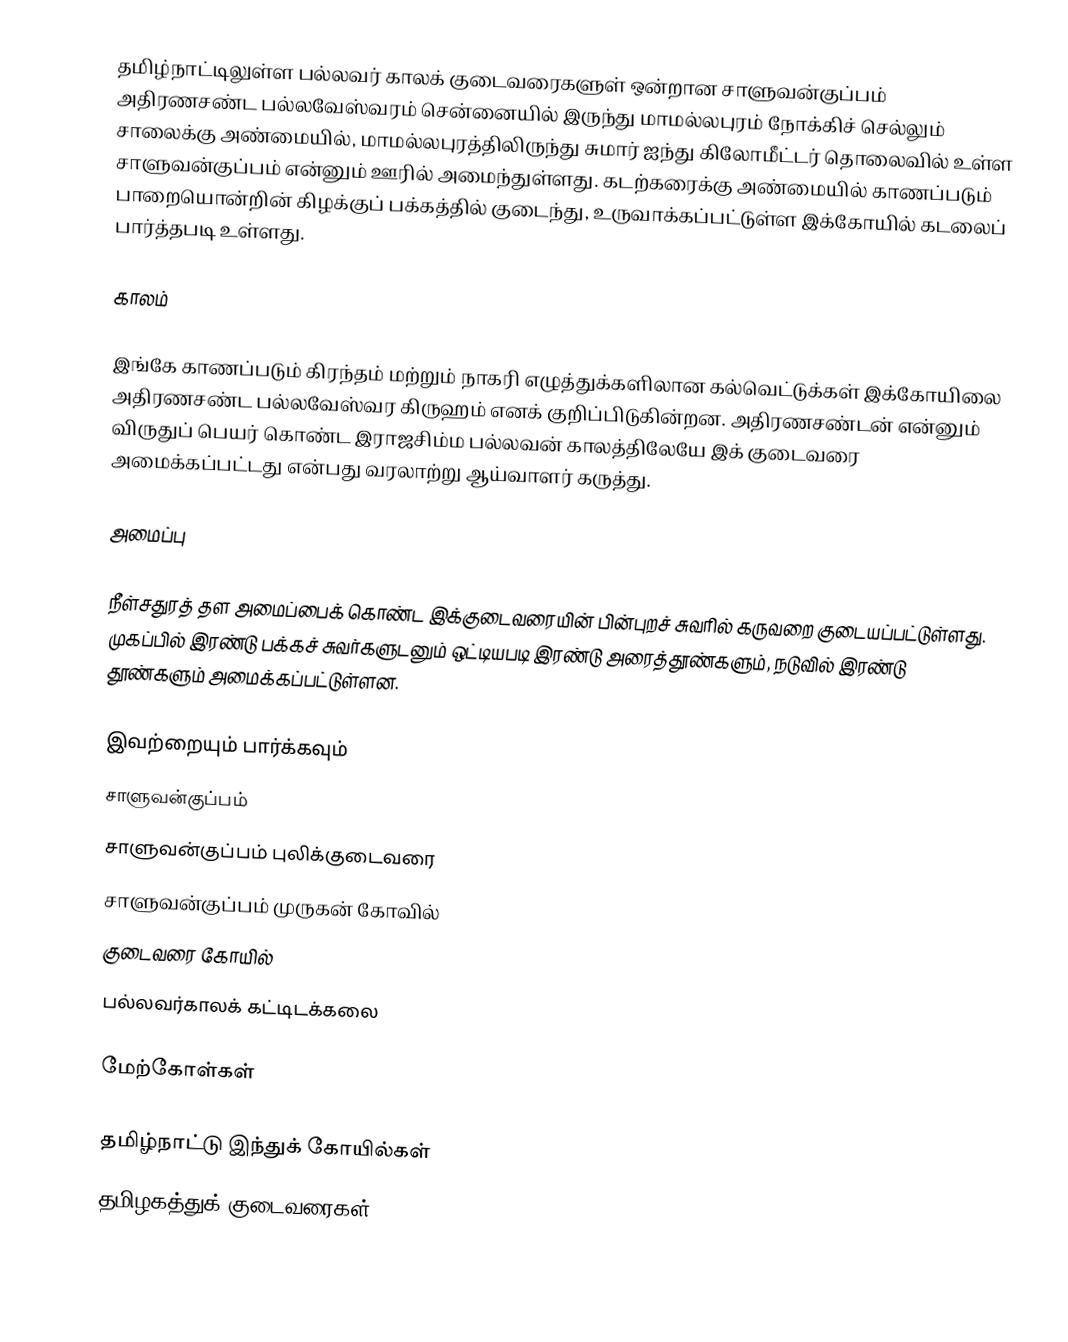
தமிழ்நாட்டிலுள்ள பல்லவர் காலக் குடைவரைகளுள் ஒன்றான சாளுவன்குப்பம் அதிரணசண்ட பல்லவேஸ்வரம் சென்னையில் இருந்து மாமல்லபுரம் நோக்கிச் செல்லும் சாலைக்கு அண்மையில், மாமல்லபுரத்திலிருந்து சுமார் ஐந்து கிலோமீட்டர் தொலைவில் உள்ள சாளுவன்குப்பம் என்னும் ஊரில் அமைந்துள்ளது. கடற்கரைக்கு அண்மையில் காணப்படும் பாறையொன்றின் கிழக்குப் பக்கத்தில் குடைந்து, உருவாக்கப்பட்டுள்ள இக்கோயில் கடலைப் பார்த்தபடி உள்ளது.

காலம்

இங்கே காணப்படும் கிரந்தம் மற்றும் நாகரி எழுத்துக்களிலான கல்வெட்டுக்கள் இக்கோயிலை அதிரணசண்ட பல்லவேஸ்வர கிருஹம் எனக் குறிப்பிடுகின்றன. அதிரணசண்டன் என்னும் விருதுப் பெயர் கொண்ட இராஜசிம்ம பல்லவன் காலத்திலேயே இக் குடைவரை அமைக்கப்பட்டது என்பது வரலாற்று ஆய்வாளர் கருத்து.

அமைப்பு

நீள்சதுரத் தள அமைப்பைக் கொண்ட இக்குடைவரையின் பின்புறச் சுவரில் கருவறை குடையப்பட்டுள்ளது. முகப்பில் இரண்டு பக்கச் சுவர்களுடனும் ஒட்டியபடி இரண்டு அரைத்தூண்களும், நடுவில் இரண்டு தூண்களும் அமைக்கப்பட்டுள்ளன.

இவற்றையும் பார்க்கவும்
 சாளுவன்குப்பம்
 சாளுவன்குப்பம் புலிக்குடைவரை
சாளுவன்குப்பம் முருகன் கோவில்
 குடைவரை கோயில்
 பல்லவர்காலக் கட்டிடக்கலை

மேற்கோள்கள்

தமிழ்நாட்டு இந்துக் கோயில்கள்
தமிழகத்துக் குடைவரைகள்